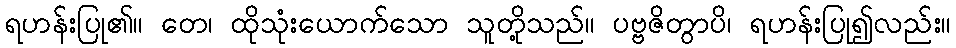
ရဟန်းပြု၏။ တေ၊ ထိုသုံးယောက်သော သူတို့သည်။ ပဗ္ဗဇိတွာပိ၊ ရဟန်းပြု၍လည်း။